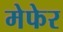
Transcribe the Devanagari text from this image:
मेफेर